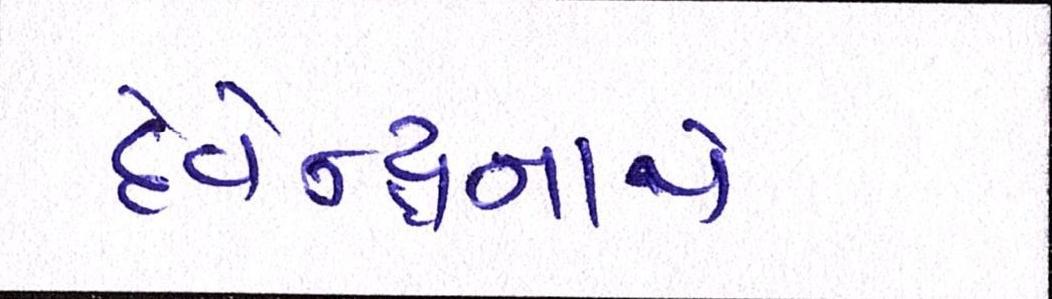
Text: દેવેન્દ્રનાથે